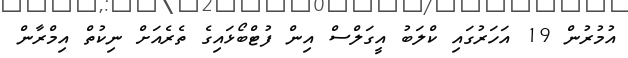
އުމުރުން 19 އަހަރުގައި ކްލަބު އީގަލްސް އިން ފުޓްބޯޅައިގެ ތެރެއަށް ނިކުތް އިމްރާން